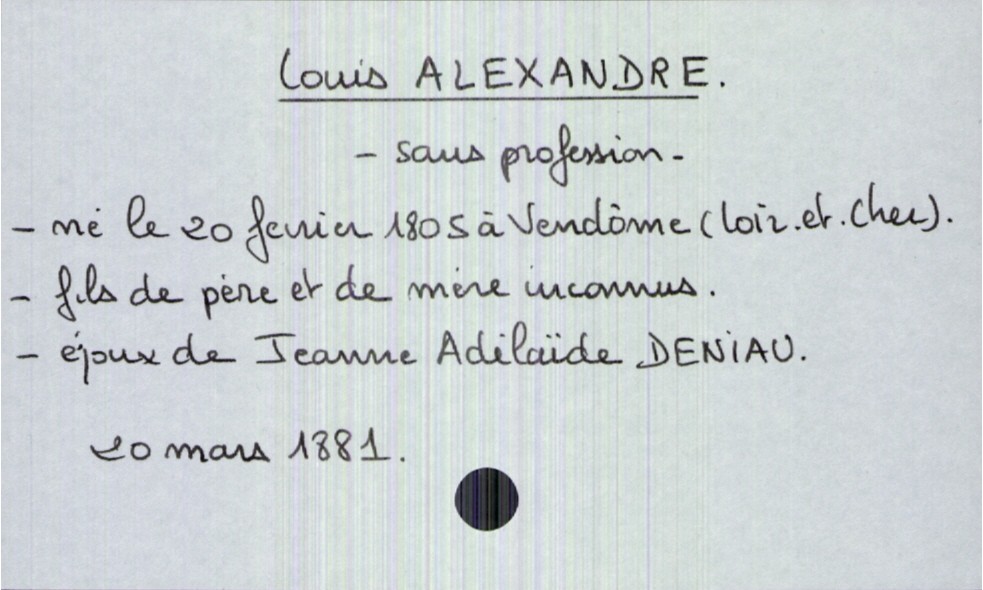
type_acte: Décès
année: 1881
mois: mars
jour: 20
observations: parents inconnus
défunt_nom: Alexandre
défunt_prénom: Louis
défunt_sexe: H
défunt_profession: sans profession
défunt_date_de_naissance: 20 février 1805
défunt_lieu_de_naissance: Vendôme (Loir-et-Cher)
défunt_statut: marié(e)